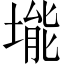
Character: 𪣾